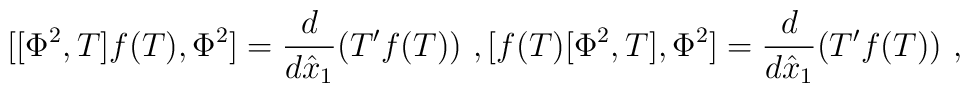
[[\Phi^2,T]f(T),\Phi^2]=\frac{d}{d\hat{x}_1}(T' f(T))\ ,[f(T)[\Phi^2,T],\Phi^2]=\frac{d}{d\hat{x}_1}(T'f(T)) \ ,